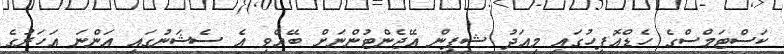
ކަސްޓަމްސްގެ ހެޑްއޮފީހުގައި މިއަދު ޝިޕިން އޭޖެންޓުންނަށް ބޭއްވި އެ ސެޝަނުގައި އަންނަ އަހަރުގެ